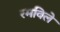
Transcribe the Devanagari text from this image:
रमविले